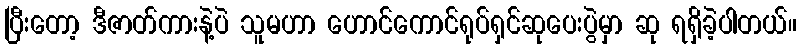
ပြီးတော့ ဒီဇာတ်ကားနဲ့ပဲ သူမဟာ ဟောင်ကောင်ရုပ်ရှင်ဆုပေးပွဲမှာ ဆု ရရှိခဲ့ပါတယ်။